Regulations for the medical services of the Army of India
Year: 1930
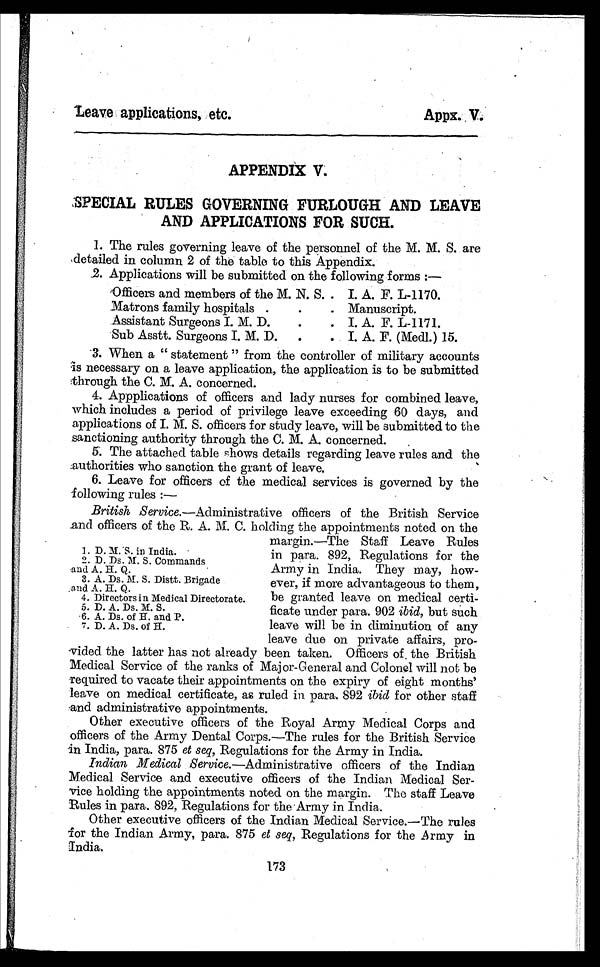
Leave applications, etc.
Appx. V.
APPENDIX V
SPECIAL RULES GOVERNING FURLOUGH AND LEAVE
AND APPLICATIONS FOR SUCH.
1. The rules governing leave of the personnel of the M. M. S. are
detailed in column 2 of the table to this Appendix.
2. Applications will be submitted on the following forms :—
Officers and members of the M. N. S.. I. A. F. L-1170.
Matrons family hospitals .
.
. Manuscript.
Assistant Surgeons I. M. D.
.. I. A. F. L-1171.
Sub Asstt. Surgeons I. M. D. .. I. A. F. (Medl.) 15.
3. When a “ statement ” from the controller of military accounts
is necessary on a leave application, the application is to be submitted
through the C. M. A. concerned.
4. Appplications of officers and lady nurses for combined leave,
which includes a period of privilege leave exceeding 60 days, and
applications of I. M. S. officers for study leave, will be submitted to the
sanctioning authority through the C. M. A. concerned.
5. The attached table shows details regarding leave rules and the
authorities who sanction the grant of leave.
6. Leave for officers of the medical services is governed by the
-following rules :—
British Service.—Administrative officers of the British Service
and officers of the R. A. M. C. holding the appointments noted on the
margin.—The Staff Leave Rules
in para. 892, Regulations for the
Army in India. They may, how-
ever, if more advantageous to them,
be granted leave on medical certi-
ficate under para. 902 ibid, but such
leave will be in diminution of any
leave due on private affairs, pro-
vided the latter has not already been taken. Officers of the British
Medical Service of the ranks of Major-General and Colonel will not be
required to vacate their appointments on the expiry of eight months’
leave on medical certificate, as ruled in para. 892 ibid for other staff
and administrative appointments.
Other executive officers of the Royal Army Medical Corps and
officers of the Army Dental Corps.—The rules for the British Service
in India, para. 875 et seq, Regulations for the Army in India.
Indian Medical Service.—Administrative officers of the Indian
Medical Service and executive officers of the Indian Medical Ser-
vice holding the appointments noted on the margin. The staff Leave
Rules in para. 892, Regulations for the Army in India.
Other executive officers of the Indian Medical Service.—The rules
for the Indian Army, para. 875 et seq, Regulations for the Army in
India.
1.D. M. S. in India.
2.D. Ds. M. S. Commands
and A. H. Q.
3.A. Ds. M. S. Distt. Brigade
and A. H. Q.
4.Directors in Medical Directorate.
5.D. A. Ds. M. S.
6.A. Ds. of H. and P.
7.D. A. Ds. of H.
173